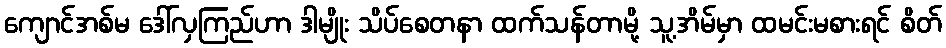
ကျောင်အစ်မ ဒေါ်လှကြည်ဟာ ဒါမျိုး သိပ်စေတနာ ထက်သန်တာမို့ သူ့အိမ်မှာ ထမင်းမစားရင် စိတ်